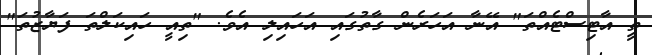
ތީ އާޓިސްޓެއްތަ" އޭނާ އަހަރެން ގާތުގައި އަހައިލި އެވެ. "ތިއީ ހައިކަލްތަ ފަޔާޒުތަ"